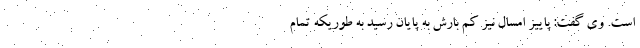
است. وی گفت: پاییز امسال نیز کم بارش به پایان رسید به طوریکه تمام